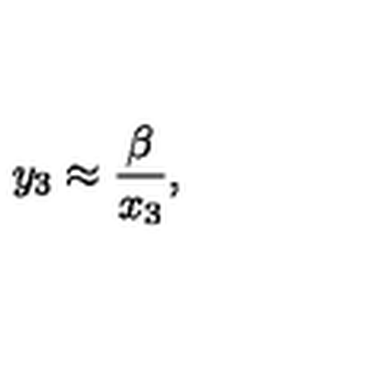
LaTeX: y _ { 3 } \approx { \frac { \beta } { x _ { 3 } } } ,